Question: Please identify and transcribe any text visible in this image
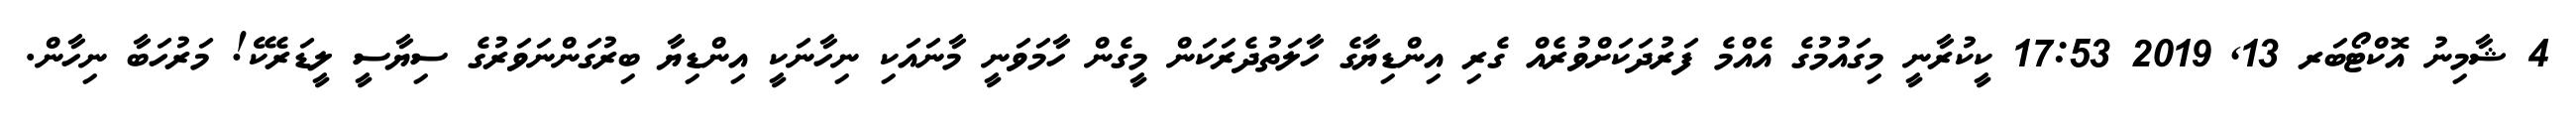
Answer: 4 ޝާމިނު އޮކްޓޯބަރ 13, 2019 17:53 ކީކުރާނީ މިގައުމުގެ އެއްމެ ފަރުދަކަށްވުރެއް ގެރި އިންޑިޔާގެ ހާލަތުދެރަކަން މީގެން ހާމަވަނީ މާނައަކި ނިހާނަކީ އިންޑިޔާ ބިރުގަންނަވަރުގެ ސިޔާސީ ލީޑަރެކޭ! މަރުހަބާ ނިހާން.